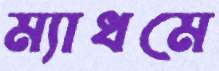
ম্যাধমে